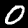
Label: 0